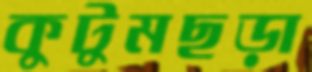
কুটুমছড়া